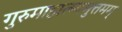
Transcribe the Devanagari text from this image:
गुरुमाहात्म्यमुत्तमम्